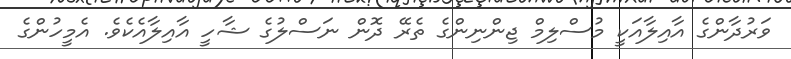
ވަރުދާންގެ އާއިލާއަކީ މުސްލިމް ޖިންނިންގެ ތެރޭ ދޮން ނަސްލުގެ ޝާހީ އާއިލާއެކެވެ. އެމީހުންގެ